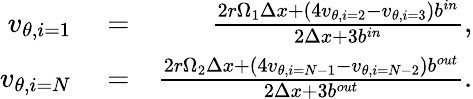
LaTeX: \begin{array}{rlr}{v_{\theta,i=1}}&{{}=}&{\frac{2r\Omega_{1}\Delta x+(4v_{\theta,i=2}-v_{\theta,i=3})b^{in}}{2\Delta x+3b^{in}},}\\ {v_{\theta,i=N}}&{{}=}&{\frac{2r\Omega_{2}\Delta x+(4v_{\theta,i=N-1}-v_{\theta,i=N-2})b^{out}}{2\Delta x+3b^{out}}.}\end{array}